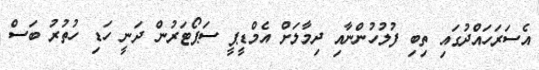
އެސަރަހައްދުގައި ތިބި ފުލުހުންނާއި ދިމާލަށް އެމްޑީޕީ ސަޕޯޓަރުން ދަނީ ހަޑި ހުތުރު ބަސް